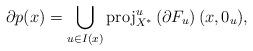
LaTeX: \begin{align*}\partial p(x)=\displaystyle\bigcup_{u\in I(x)}\mathrm{proj}^u_{X^{\ast}}\left( \partial F_{u}\right) (x,0_{u}), \end{align*}